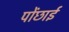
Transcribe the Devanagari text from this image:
पोंछाई